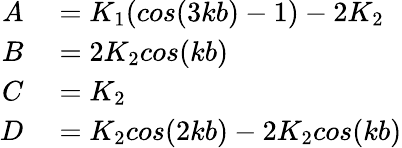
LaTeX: \begin{array}{rl}{A}&{{}=K_{1}(cos(3kb)-1)-2K_{2}}\\ {B}&{{}=2K_{2}cos(kb)}\\ {C}&{{}=K_{2}}\\ {D}&{{}=K_{2}cos(2kb)-2K_{2}cos(kb)}\end{array}